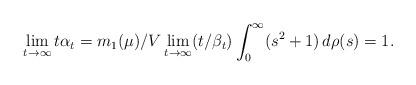
LaTeX: \begin{align*}\lim_{t\rightarrow\infty}t\alpha_t={m_1(\mu)}/{V} \lim_{t\rightarrow\infty}(t/\beta_t)\int_0^\infty(s^2+1)\,d\rho(s)=1.\end{align*}